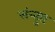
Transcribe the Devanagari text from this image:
संन्तुष्ट